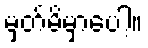
မှတ်မိမှာပေါ့။